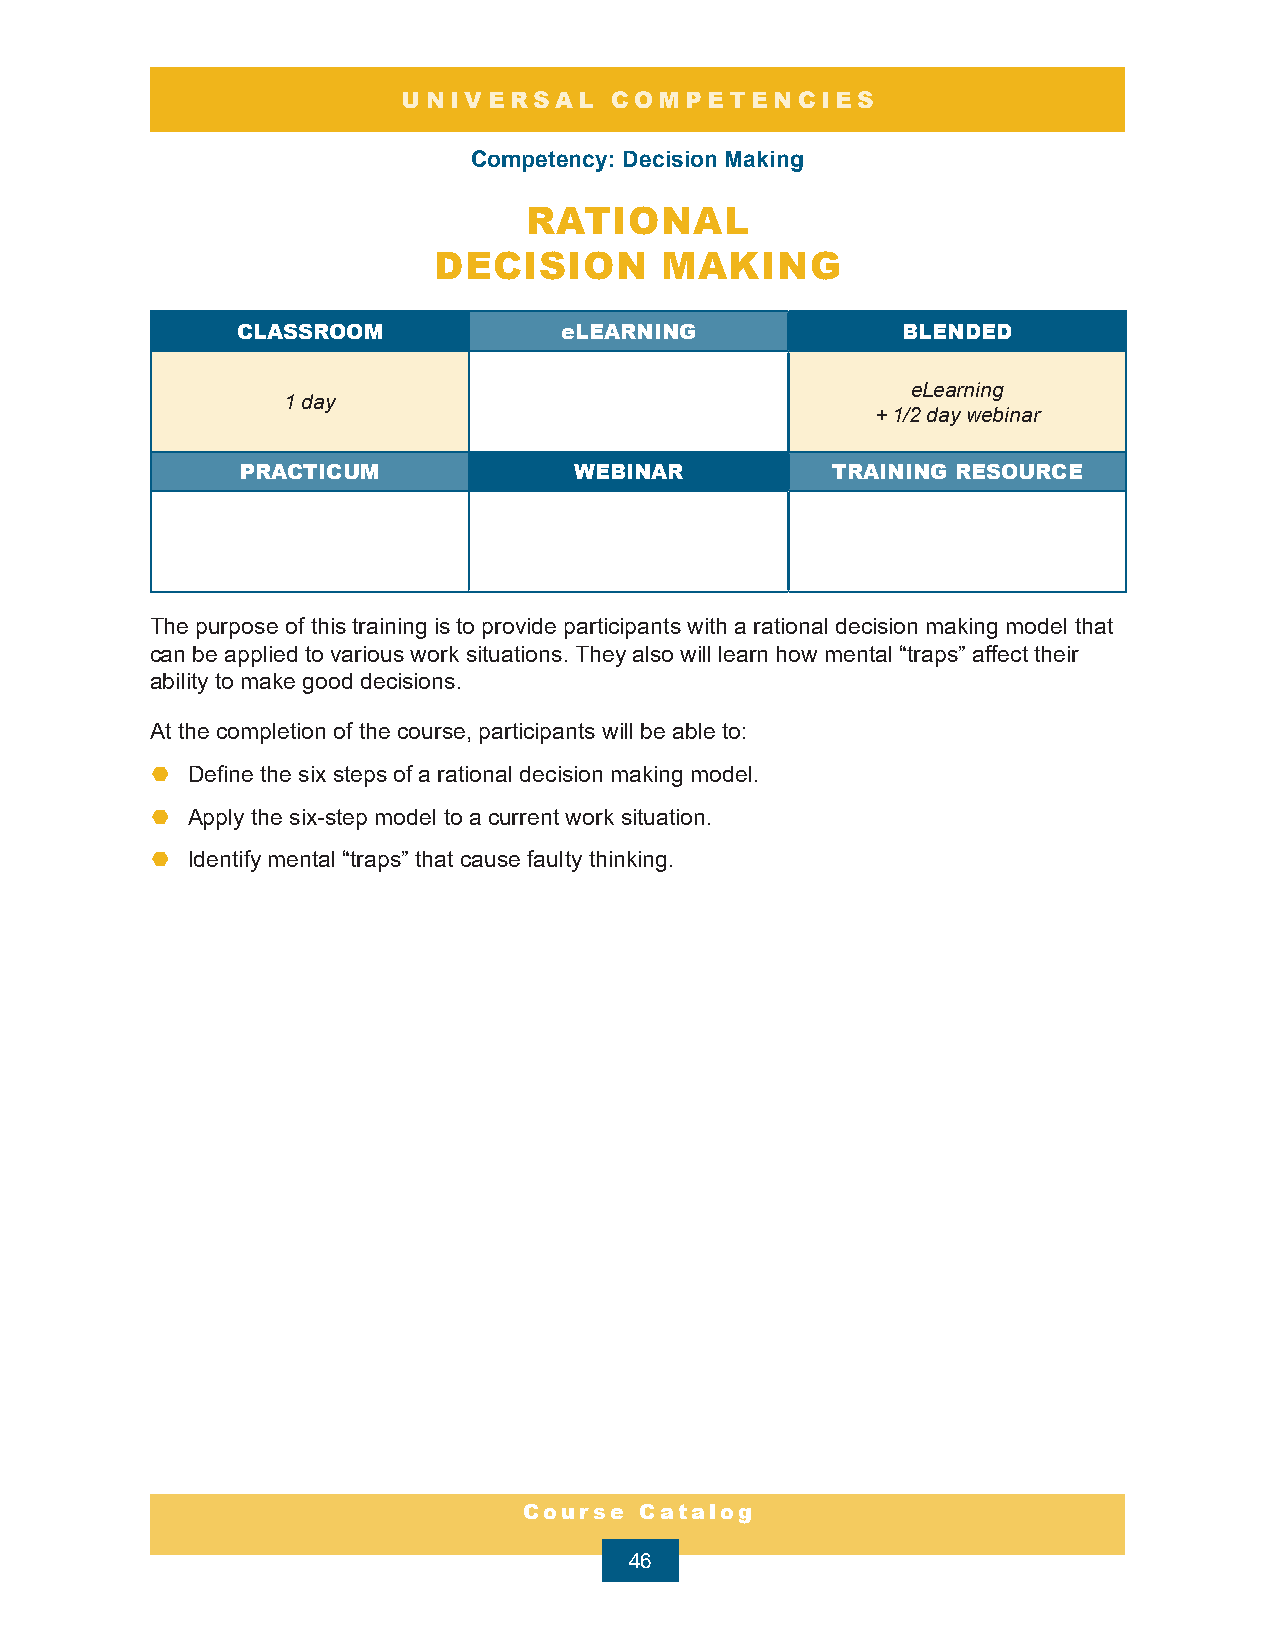
UNIVERSAL    COMPETENCIES
 Competency: Decision Making
 RATIONAL
 DECISION       MAKING
 CLASSROOM            eLEARNING              BLENDED
 eLearning
 1 day
 + 1/2 day webinar
 PRACTICUM             WEBINAR          TRAINING RESOURCE
 The purpose of this training is to provide participants with a rational decision making model that
 can be applied to various work situations. They also will learn how mental “traps” affect their
 ability to make good decisions.
 At the completion of the course, participants will be able to:
 ¤ Define the six steps of a rational decision making model.
 ¤ Apply the six-step model to a current work situation.
 ¤ Identify mental “traps” that cause faulty thinking.
 Course Catalog
 46